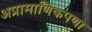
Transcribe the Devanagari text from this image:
अप्रामाणिकपणा